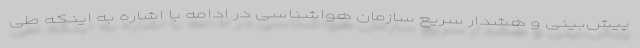
پیش‌بینی و هشدار سریع سازمان هواشناسی در ادامه با اشاره به اینکه طی